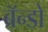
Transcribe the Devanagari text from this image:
ब्रॅन्डो